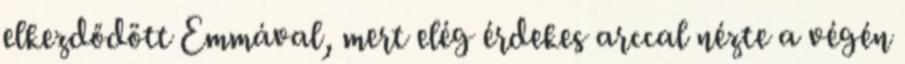
elkezdődött Emmával, mert elég érdekes arccal nézte a végén